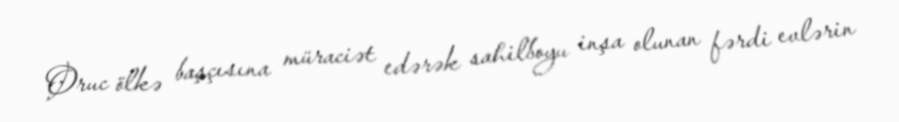
Oruc ölkə başçısına müraciət edərək sahilboyu inşa olunan fərdi evlərin